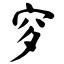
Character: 穸